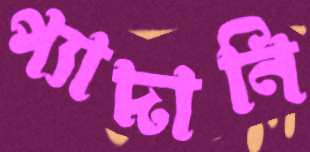
প্যাদানি